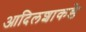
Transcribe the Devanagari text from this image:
आदिलशाकडे